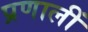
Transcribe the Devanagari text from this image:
प्रणालीं